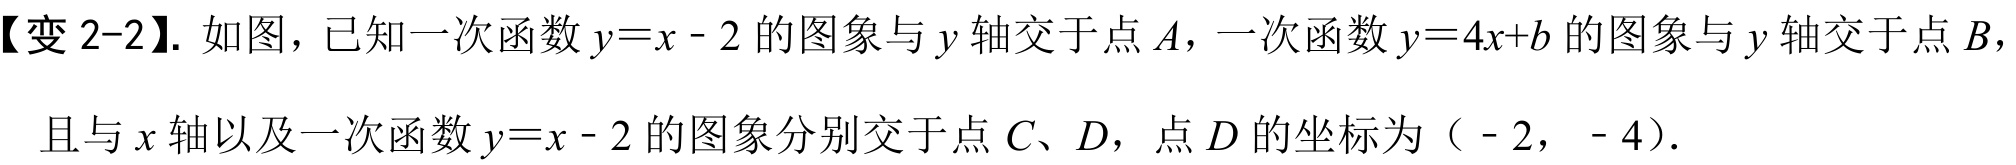
【变 2-2】. 如图，已知一次函数\(y = x - 2\)的图象与\(y\)轴交于点\(A\)，一次函数\(y = 4x + b\)的图象与\(y\)轴交于点\(B\)，且与\(x\)轴以及一次函数\(y = x - 2\)的图象分别交于点\(C、D\)，点\(D\)的坐标为（\(-2\)，\(-4\)）.